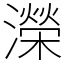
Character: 濚